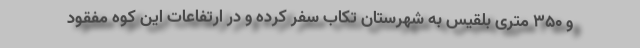
و ۳۵۰ متری بلقیس به شهرستان تکاب سفر کرده ‌و در ارتفاعات این کوه مفقود